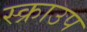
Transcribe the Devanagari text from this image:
स्क्राउप